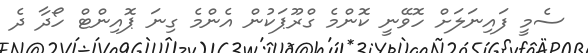
ސެމީ ފައިނަލަށް ހޮވޭނީ ކޮންމެ ގްރޫޕަކުން އެންމެ ގިނަ ޕޮއިންޓް ހޯދާ ދެ